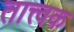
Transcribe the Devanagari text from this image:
तात्त्वक